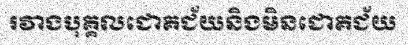
រវាងបុគ្គលជោគជ័យនិងមិនជោគជ័យ